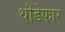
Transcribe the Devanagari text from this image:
थॊडेफार